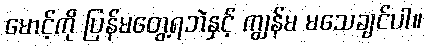
မောင့်ကို ပြန်မတွေ့ရဘဲနှင့် ကျွန်မ မသေချင်ပါ။